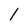
Character: l